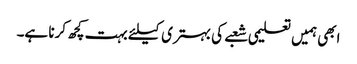
ابھی ہمیں تعلیمی شعبے کی بہتری کیلئے بہت کچھ کرنا ہے۔